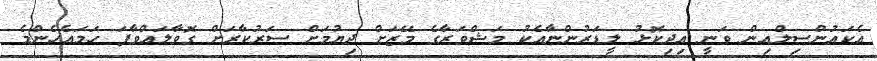
އެކައުންސިލްއިން ވަނީ އިދިކޮޅު ލީޑަރުންނާއެކު މަޝްވަރާގެ މޭޒަށް ދިޔުމަށް ސަރުކާރަށް ގޮވާލައްވާފަ ހަމައެހެންމެ